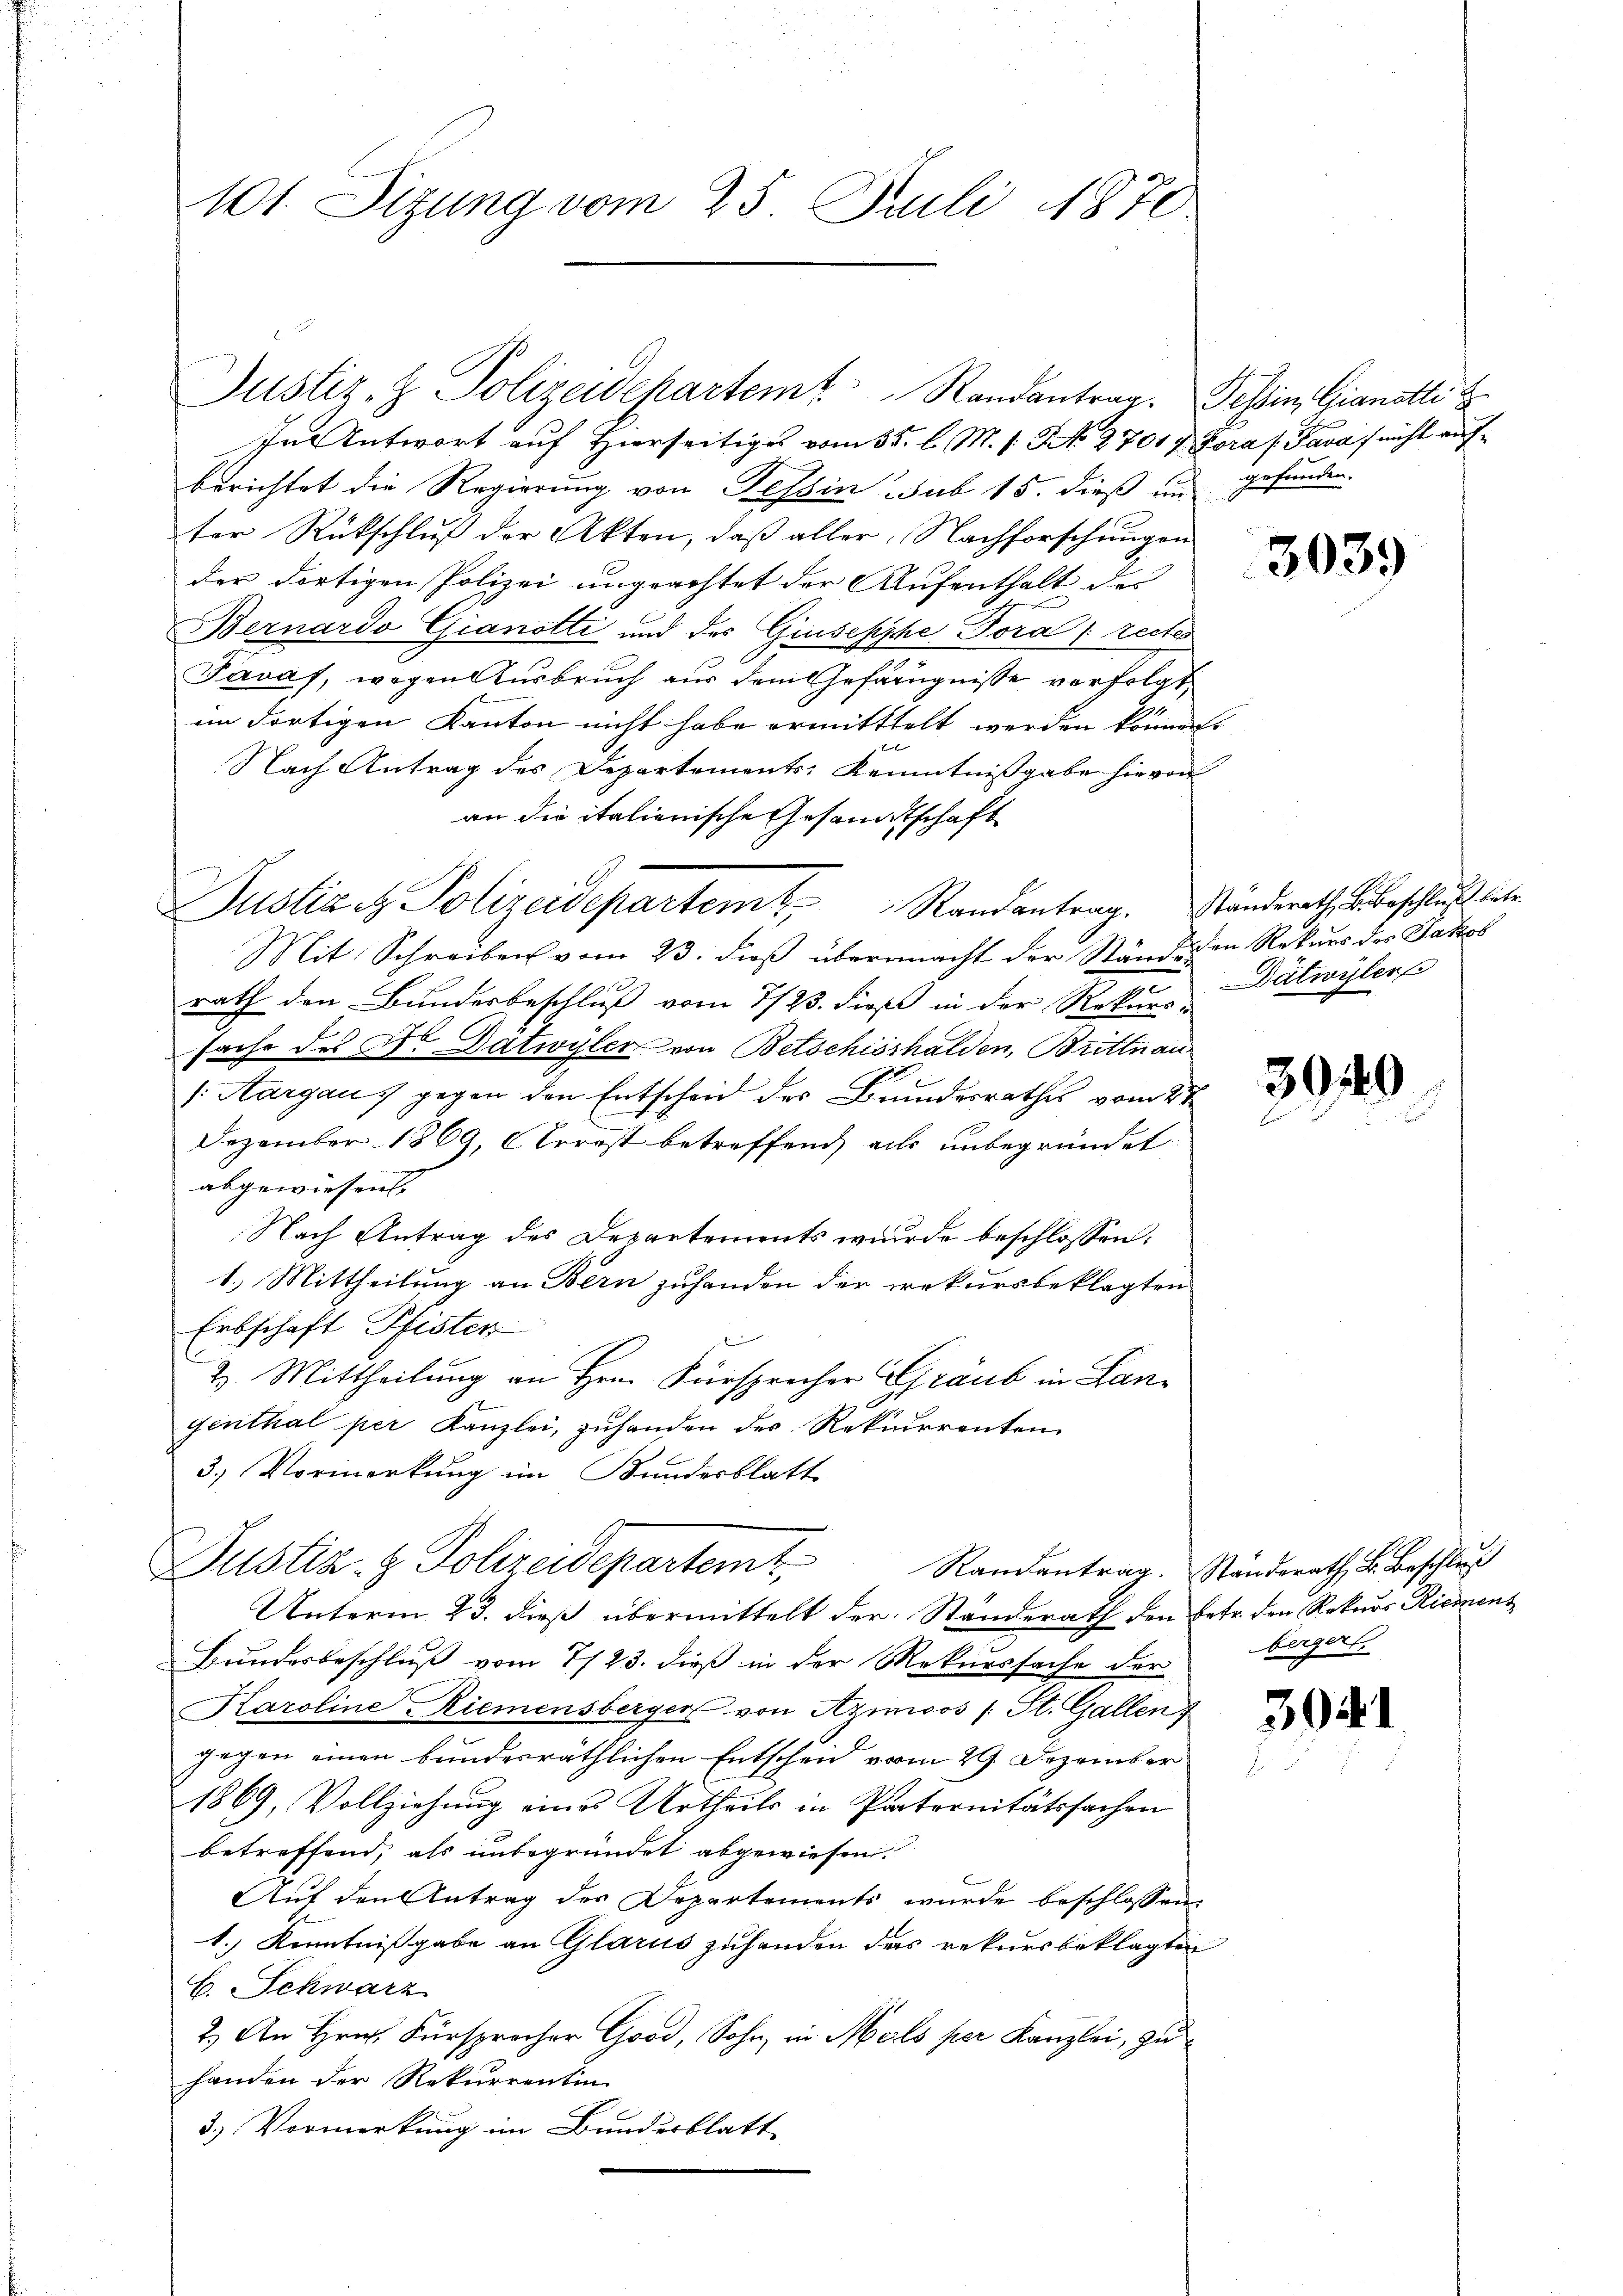
101. Sizung vom 25. Juli 1870.

Justiz- & Polizeidepartem Randantrag. Tessin, Gianstli

In Antwort auf Hierseitiges vom 55. l. M. s. No. 2701 7 Zora (Pava / nicht aufberichtet die Regierung von Tessin sub 15. dieß um gefunden.
ter Rückschluß der Akten, daß aller, Nachforschungen
der dortigen Polizei ungeachtet der Aufenthalt des
Bernardo Gianotti und des Giusepphe Tora [rectes
Javaf, wegen Ausbruch aus dem Gefängnisse verfolgt,
im dortigen Kanton nicht habe ermittelt werden könnens
Nach Antrag des Departements-Kenntnißgabe hievon
an die italienische Gesandtschaft
Justiz & Polizeidepartem Randantrag. Ständerathe beschluss bete
Mit Schreiben vom 23. dieß übermacht der Stände den Rekurs des Jakob
rath den Bundesbeschluß vom 7/23. dieß in der Rekurs Datwyler
sache des Hr. Datwyler von Betschisshalden, Brittnau
/Aargau, gegen den Entscheid des Bundesrathes vom 2t
Dezember 1869, Arrost betreffend, als unbegründet
abgewiesen.
Nach Antrag des Departements wurde beschlossen:
1.) Mittheilung an Bern zuhanden der rekursbeklagten
Erbschaft Pfister
2. Mittheilung an Hrn. Fürsprecher Graub in Langenthal per Kanzlei, zuhanden des Rekurrenten
3.) Vormerkung im Bundesblatt
Justiz- & Polizeidepartemt.
Randantrag. Ständerath B. Beschluß
Unterm 23. dieß übermittelt der Ständerath den betr. den Rekurs Riement
Bundesbeschluß vom 7/23. dieß in der Rekurssache der
Karoline Riemensberger von Azimoos (St. Gallen
gegen einen bundesräthlichen Entschen vom 29. Dezember
1869, Vollziehung eines Urtheils in Paternitätssachen
betreffend, als unbegründet abgewiesen.
Auf den Antrag des Departements wurde beschlossen:
1.) Kenntnißgabe an Glarus zuhanden das rekursbeklagten
b. Schwarz
2.) An Hrn. Fürsprocher Good, Sohn, in Mals per Kanzlei, zu
handen der Rekurrentin
3.) Vormerkung im Bundesblatt

3039

30149

3941

bergerl.